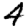
Digit: 4